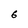
Character: 6